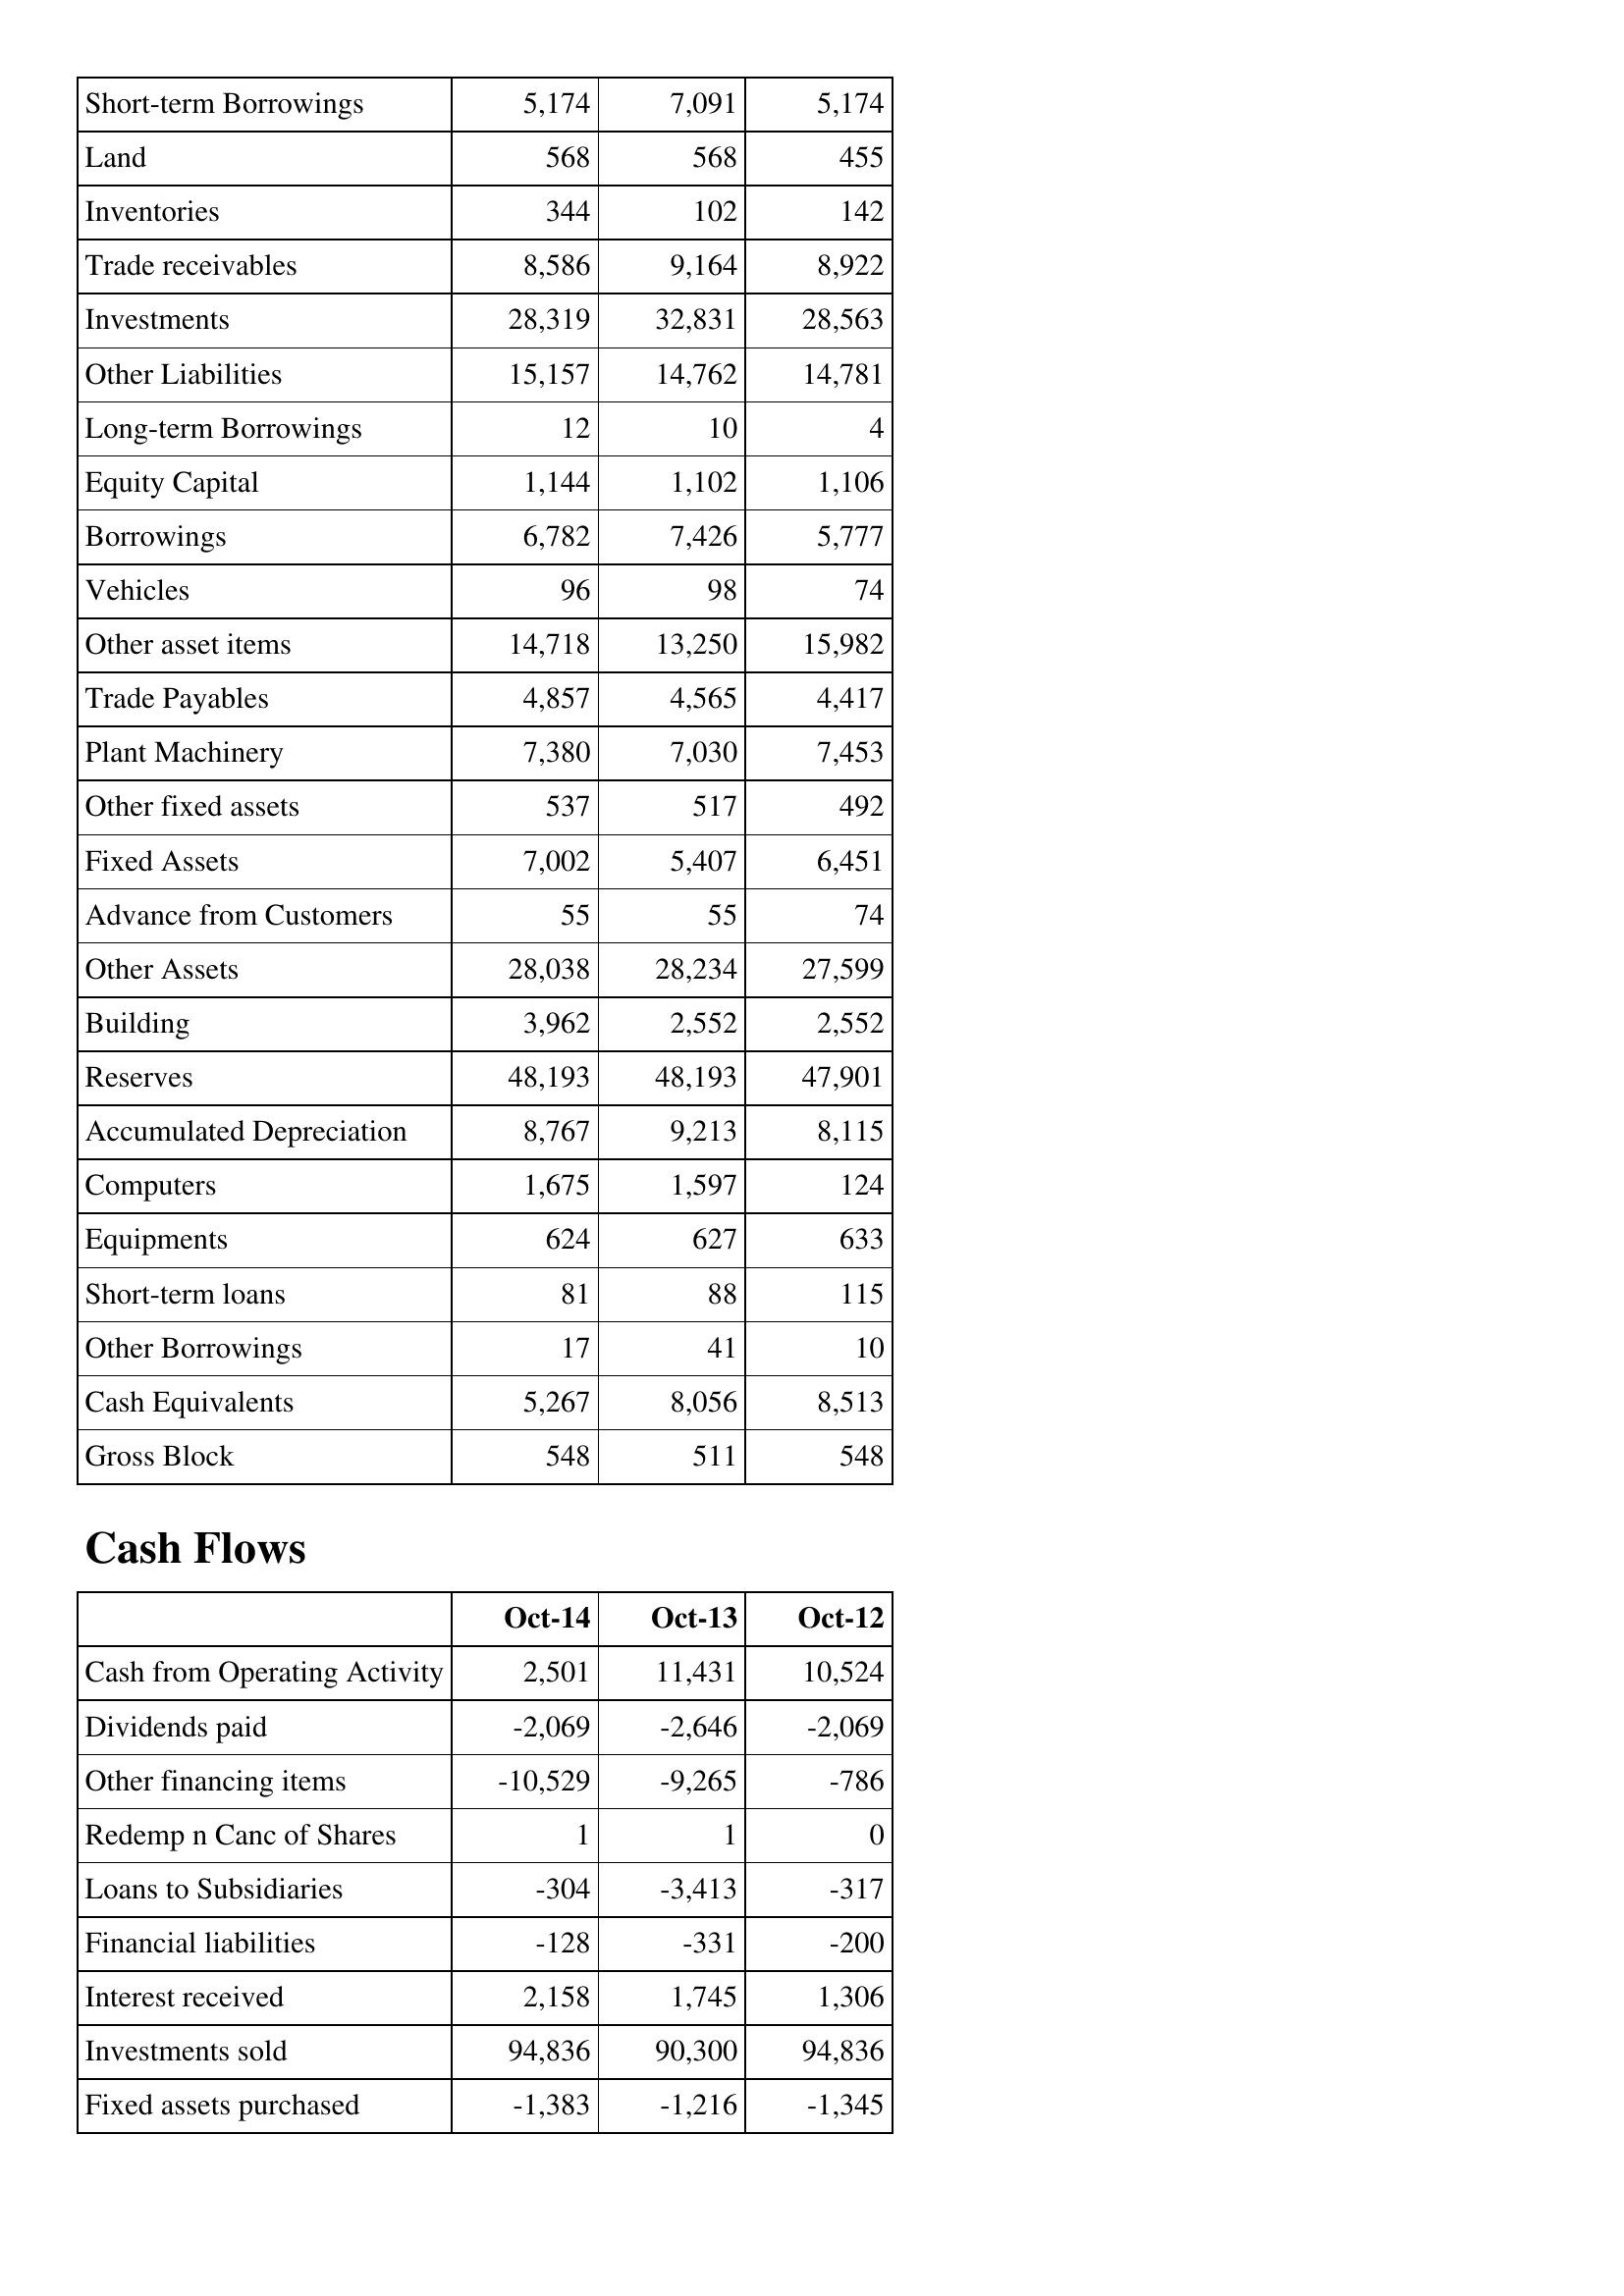
Oct-14: Balance Sheet: Short-term Borrowings: 5,174
Land: 568
Inventories: 344
Trade receivables: 8,586
Investments: 28,319
Other Liabilities: 15,157
Long-term Borrowings: 12
Equity Capital: 1,144
Borrowings: 6,782
Vehicles: 96
Other asset items: 14,718
Trade Payables: 4,857
Plant Machinery: 7,380
Other fixed assets: 537
Fixed Assets: 7,002
Advance from Customers: 55
Other Assets: 28,038
Building: 3,962
Reserves: 48,193
Accumulated Depreciation: 8,767
Computers: 1,675
Equipments: 624
Short-term loans: 81
Other Borrowings: 17
Cash Equivalents: 5,267
Gross Block: 548
Cash Flows: Cash from Operating Activity: 2,501
Dividends paid: -2,069
Other financing items: -10,529
Redemp n Canc of Shares: 1
Loans to Subsidiaries: -304
Financial liabilities: -128
Interest received: 2,158
Investments sold: 94,836
Fixed assets purchased: -1,383
Oct-13: Balance Sheet: Short-term Borrowings: 7,091
Land: 568
Inventories: 102
Trade receivables: 9,164
Investments: 32,831
Other Liabilities: 14,762
Long-term Borrowings: 10
Equity Capital: 1,102
Borrowings: 7,426
Vehicles: 98
Other asset items: 13,250
Trade Payables: 4,565
Plant Machinery: 7,030
Other fixed assets: 517
Fixed Assets: 5,407
Advance from Customers: 55
Other Assets: 28,234
Building: 2,552
Reserves: 48,193
Accumulated Depreciation: 9,213
Computers: 1,597
Equipments: 627
Short-term loans: 88
Other Borrowings: 41
Cash Equivalents: 8,056
Gross Block: 511
Cash Flows: Cash from Operating Activity: 11,431
Dividends paid: -2,646
Other financing items: -9,265
Redemp n Canc of Shares: 1
Loans to Subsidiaries: -3,413
Financial liabilities: -331
Interest received: 1,745
Investments sold: 90,300
Fixed assets purchased: -1,216
Oct-12: Balance Sheet: Short-term Borrowings: 5,174
Land: 455
Inventories: 142
Trade receivables: 8,922
Investments: 28,563
Other Liabilities: 14,781
Long-term Borrowings: 4
Equity Capital: 1,106
Borrowings: 5,777
Vehicles: 74
Other asset items: 15,982
Trade Payables: 4,417
Plant Machinery: 7,453
Other fixed assets: 492
Fixed Assets: 6,451
Advance from Customers: 74
Other Assets: 27,599
Building: 2,552
Reserves: 47,901
Accumulated Depreciation: 8,115
Computers: 124
Equipments: 633
Short-term loans: 115
Other Borrowings: 10
Cash Equivalents: 8,513
Gross Block: 548
Cash Flows: Cash from Operating Activity: 10,524
Dividends paid: -2,069
Other financing items: -786
Redemp n Canc of Shares: 0
Loans to Subsidiaries: -317
Financial liabilities: -200
Interest received: 1,306
Investments sold: 94,836
Fixed assets purchased: -1,345